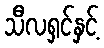
သီလရှင်နှင့်